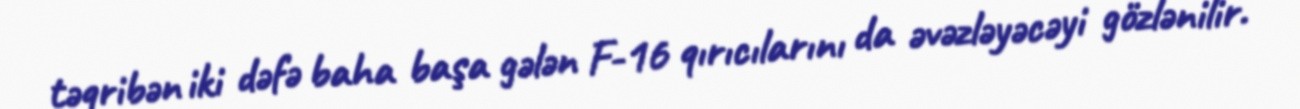
təqribən iki dəfə baha başa gələn F-16 qırıcılarını da əvəzləyəcəyi gözlənilir.